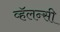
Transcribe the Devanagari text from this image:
व्हॅलन्सी